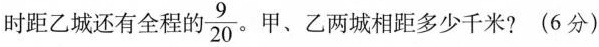
时距乙城还有全程的\frac{9}{20}。甲、乙两城相距多少千米?(6分)